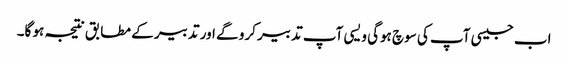
اب جیسی آپ کی سوچ ہوگی ویسی آپ تدبیر کرو گے اور تدبیر کے مطابق نتیجہ ہو گا۔